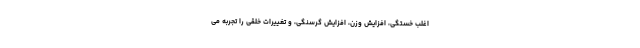
اغلب خستگی، افزایش وزن، افزایش گرسنگی، و تغییرات خلقی را تجربه می